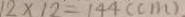
1 2 \times 1 2 = 1 4 4 ( c m )